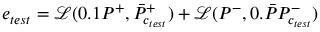
e _ { t e s t } = \mathcal { L } ( 0 . 1 P ^ { + } , \bar { P } _ { c _ { t e s t } } ^ { + } ) + \mathcal { L } ( P ^ { - } , 0 . \bar { P } P _ { c _ { t e s t } } ^ { - } )